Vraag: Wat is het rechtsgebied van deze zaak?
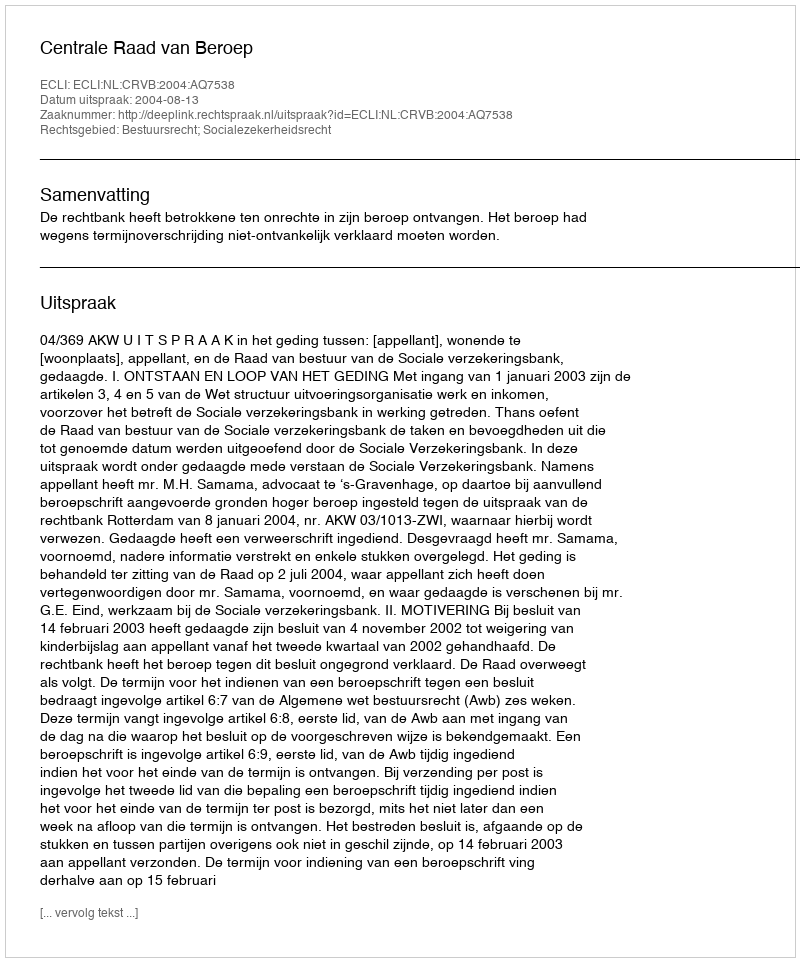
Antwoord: Bestuursrecht; Socialezekerheidsrecht